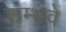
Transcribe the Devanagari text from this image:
शम्भवे